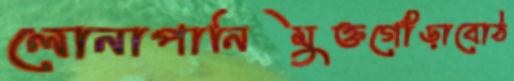
লোনাপানিমুক্তগোঁড়াবোঠ